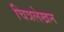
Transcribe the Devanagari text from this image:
चित्रलेखन